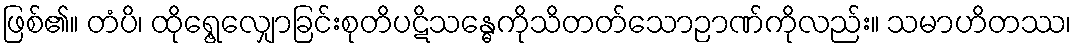
ဖြစ်၏။ တံပိ၊ ထိုရွေ့လျှောခြင်းစုတိပဋိသန္ဓေကိုသိတတ်သောဉာဏ်ကိုလည်း။ သမာဟိတဿ၊